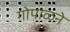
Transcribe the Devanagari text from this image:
गोपाळने